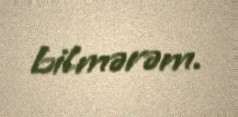
bilmərəm.